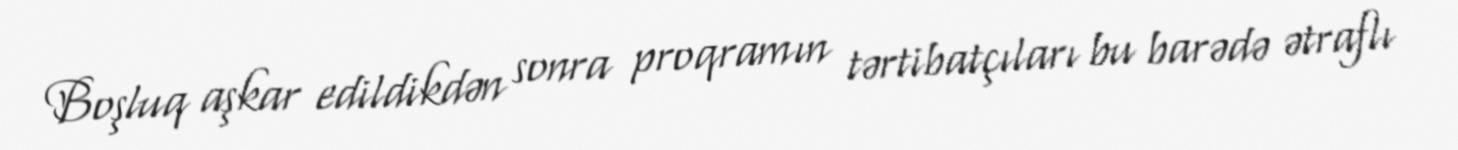
Boşluq aşkar edildikdən sonra proqramın tərtibatçıları bu barədə ətraflı